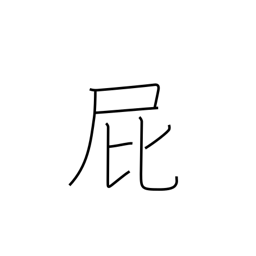
Meaning: passing gas